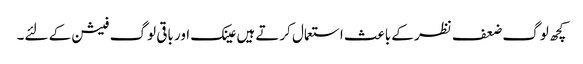
کچھ لوگ ضعف نظر کے باعث استعمال کرتے ہیں عینک اور باقی لوگ فیشن کے لئے۔